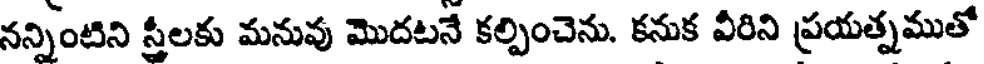
నన్నింటిని స్త్రీలకు మనువు మొదటనే కల్పించెను. కనుక వీరిని ప్రయత్నముతో